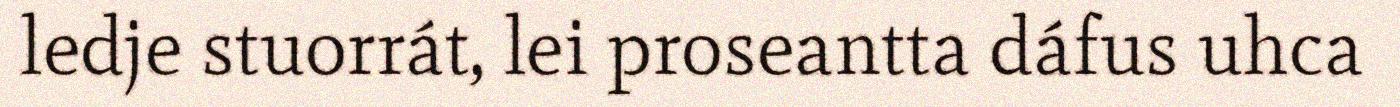
ledje stuorrát, lei proseantta dáfus uhca